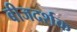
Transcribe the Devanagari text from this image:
बीजदर्शक